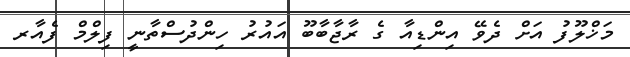
މަޚްލޫފު އަށް ދެވޭ އިންޑިއާ ގެ ރާޖާބާބޫ އައުރު ހިންދުސްތާނީ ފިލްމް ފެއާރ